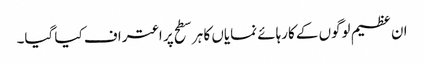
ان عظیم لوگوں کے کارہائے نمایاں کا ہر سطح پر اعتراف کیا گیا۔